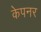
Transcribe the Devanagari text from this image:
केपनर